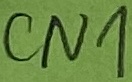
Text: CN1